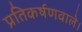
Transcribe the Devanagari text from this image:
प्रतिकर्षणवाले।